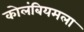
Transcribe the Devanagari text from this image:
कोलंबियमला